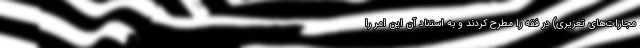
مجازات­های تعزیری) در فقه را مطرح کردند و به استناد آن این امر را